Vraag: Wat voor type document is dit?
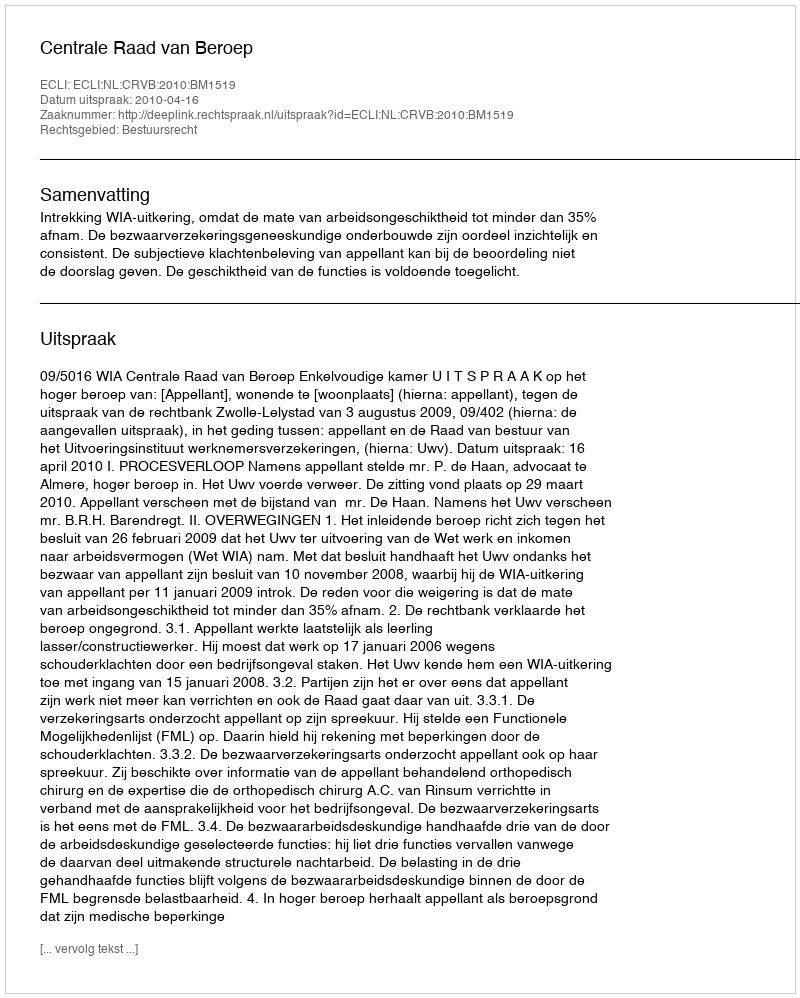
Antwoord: Uitspraak